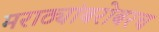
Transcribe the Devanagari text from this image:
मराठ्यांबरोबरच